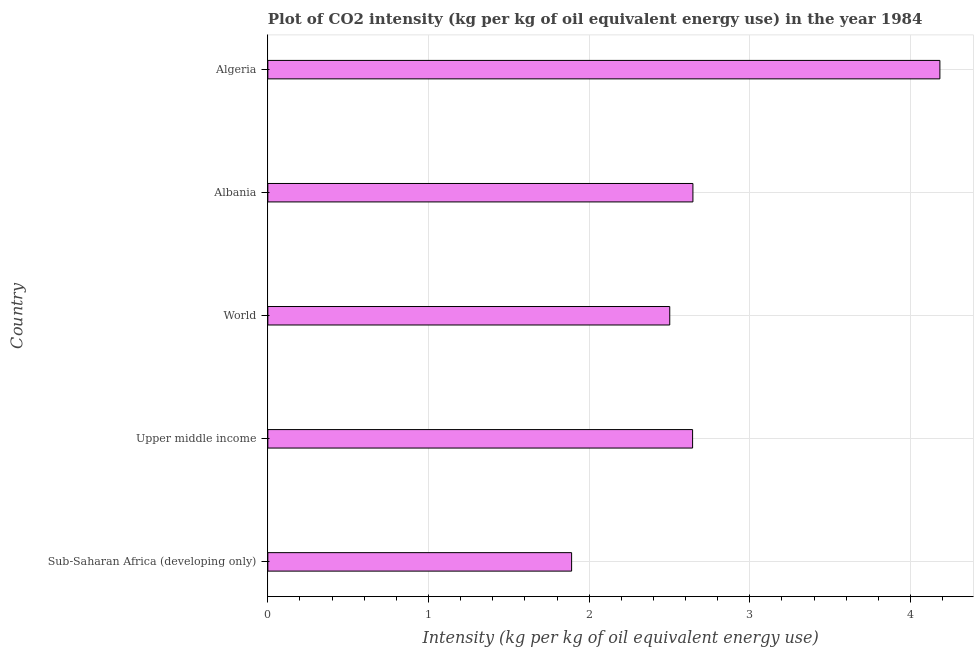
| Country | CO2 intensity |
 | --- | --- |
 | Sub-Saharan Africa (developing only) | 1.89 |
 | Upper middle income | 2.64 |
 | World | 2.5 |
 | Albania | 2.65 |
 | Algeria | 4.18 |